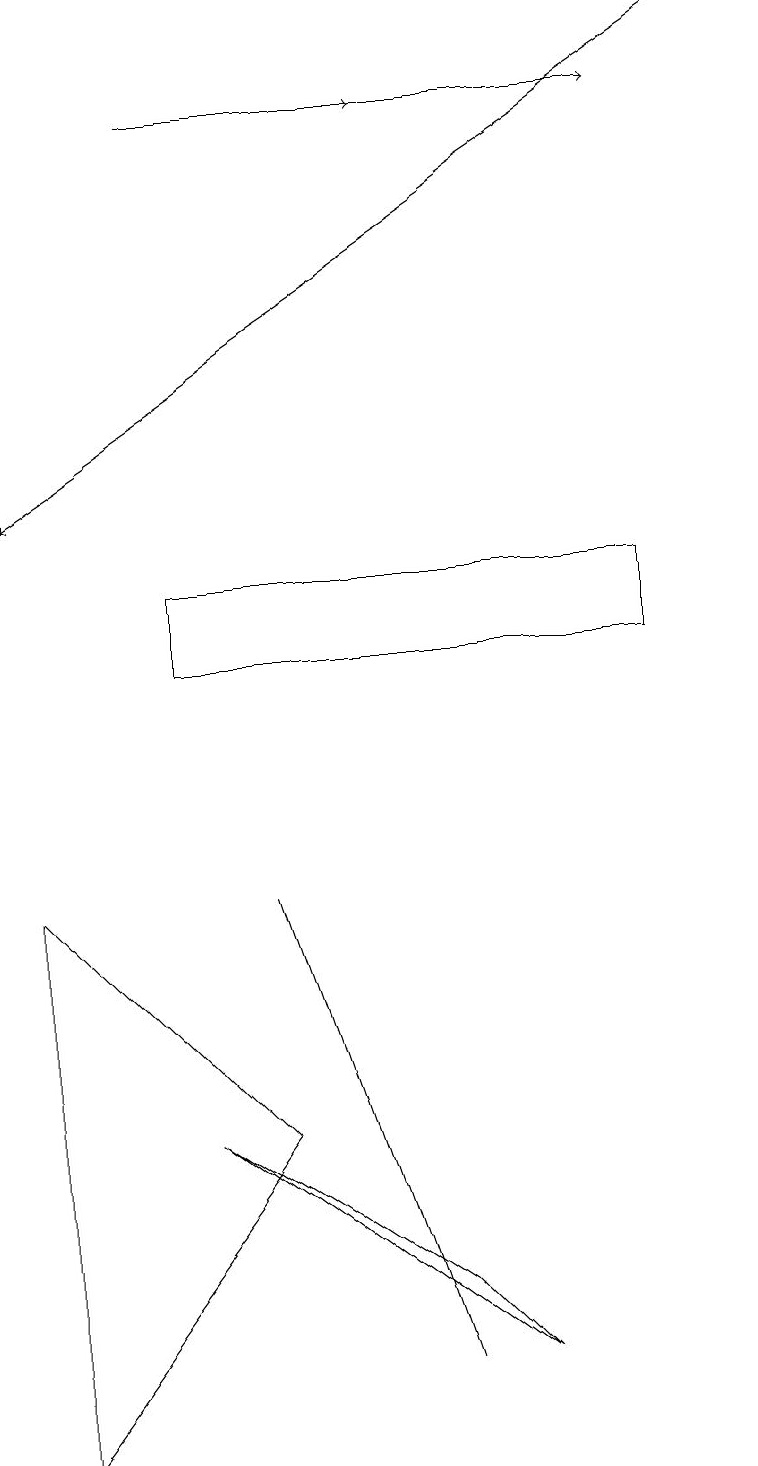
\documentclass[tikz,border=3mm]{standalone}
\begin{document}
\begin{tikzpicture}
\draw[->] (5,18) -- (8,18);
\draw[->] (9,19) -- (0,13);
\draw (0,1) -- (3,5) -- (0,8) -- cycle;
\draw[->] (2,18) -- (5,18);
\draw (5,3) -- (6,2) -- (2,5) -- cycle;
\draw (5,2) -- (3,8) -- (4,5) -- cycle;
\draw (8,11) rectangle (2,12);
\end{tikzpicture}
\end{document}